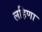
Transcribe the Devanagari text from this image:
लहिणा